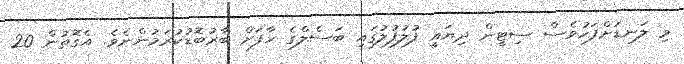
މި ލަނޑަށްފަހުވެސް ސިޓީން ދިޔައީ ފުލުފުލުގައި ބަސެލްގެ ހާފަށް ބާރުބޮޑުކުރަމުންނެވެ. އެގޮތުން 20